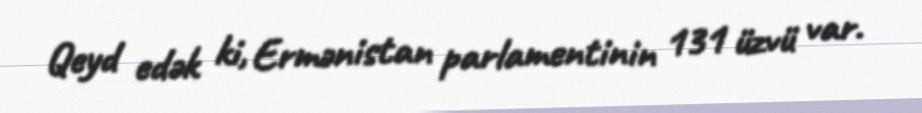
Qeyd edək ki, Ermənistan parlamentinin 131 üzvü var.